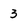
Character: 3